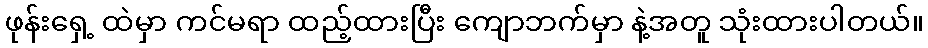
ဖုန်းရှေ့ ထဲမှာ ကင်မရာ ထည့်ထားပြီး ကျောဘက်မှာ နဲ့အတူ သုံးထားပါတယ်။